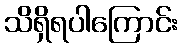
သိရှိရပါကြောင်း